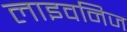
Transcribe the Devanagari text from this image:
लाइवनिज